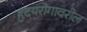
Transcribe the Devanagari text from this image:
हृदयरोगावरील